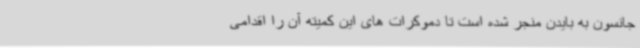
جانسون به بایدن منجر شده است تا دموکرات های این کمیته آن را اقدامی